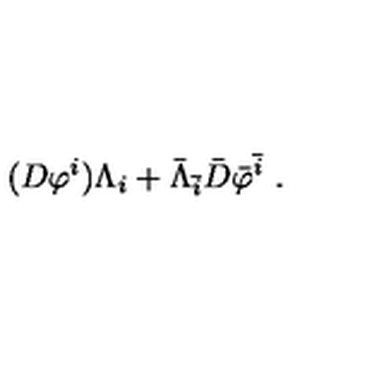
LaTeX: ( D { \varphi } ^ { i } ) \Lambda _ { i } + \bar { \Lambda } _ { \bar { i } } \bar { D } { \bar { \varphi } } ^ { \bar { i } } \ .